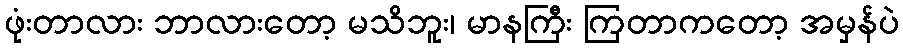
ဖုံးတာလား ဘာလားတော့ မသိဘူး၊ မာနကြီး ကြတာကတော့ အမှန်ပဲ